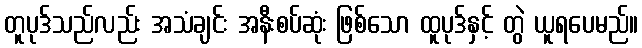
တူပုဒ်သည်လည်း အသံချင်း အနီးစပ်ဆုံး ဖြစ်သော ထူပုဒ်နှင့် တွဲ ယူရပေမည်။